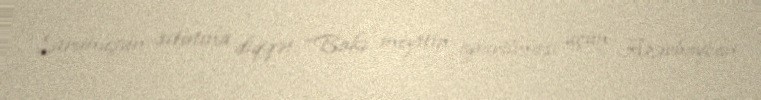
Siranuşun sitatına diqqət: “Bakı meyitin aparılması üçün Azərbaycan